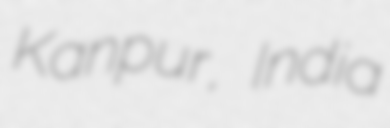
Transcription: Kanpur, India